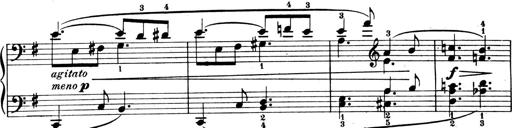
Title: 4 Sonatines
Composer: Max Reger